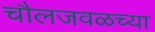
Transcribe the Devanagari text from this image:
चौलजवळच्या